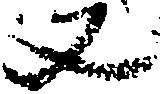
丈